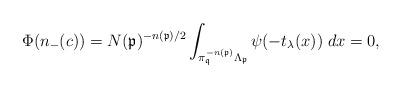
LaTeX: \begin{align*}\Phi(n_{-}(c)) = N(\mathfrak{p})^{-n(\mathfrak{p})/2} \int_{\pi_{\mathfrak{q}}^{-n(\mathfrak{p})} \Lambda_{\mathfrak{p}}} \psi(- t_\lambda(x)) \; dx = 0,\end{align*}